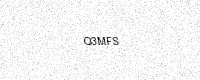
Text: Q3MFS